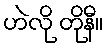
ဟဲလို တိုနီ။